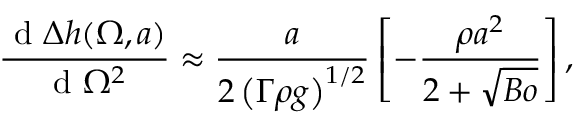
\frac { \textrm { d } \Delta { h } ( \Omega , a ) } { \textrm { d } \Omega ^ { 2 } } \approx \frac { a } { 2 \left( \Gamma \rho { g } \right) ^ { 1 / 2 } } \left[ - \frac { \rho { a } ^ { 2 } } { 2 + \sqrt { B o } } \right] ,